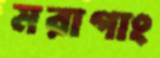
মরাগাং